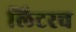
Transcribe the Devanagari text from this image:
लिटरच